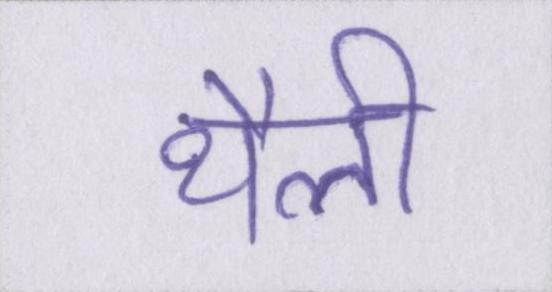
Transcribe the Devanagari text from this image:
थैली